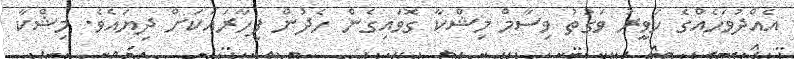
އެއްދުވަހެއްގެ ހަވީރު ވަގުތު ވިސާމް މިޝްކާ ގޮވައިގެން ހެދުން ފިހާރައަކަށް ދިޔައެވެ. މިޝްކާ